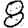
Digit: 8